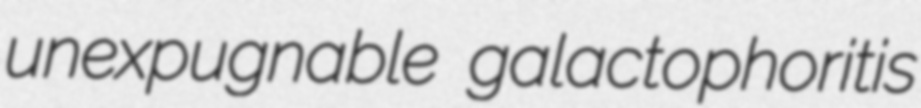
unexpugnable galactophoritis